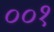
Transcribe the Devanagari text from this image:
००१